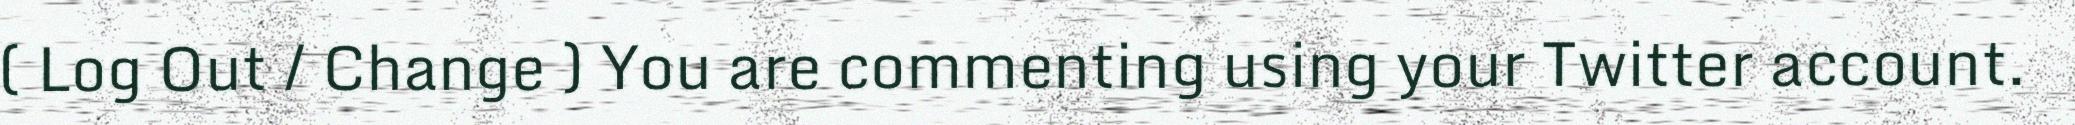
( Log Out / Change ) You are commenting using your Twitter account.